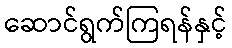
ဆောင်ရွက်ကြရန်နှင့်